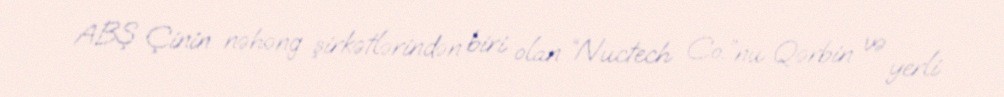
ABŞ Çinin nəhəng şirkətlərindən biri olan “Nuctech Co.”nu Qərbin və yerli